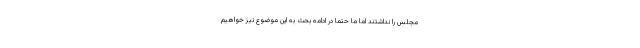
مجلس را نداشتند اما ما حتما در ادامه بحث به این موضوع نیز خواهیم